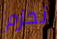
نحزم